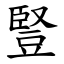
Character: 豎